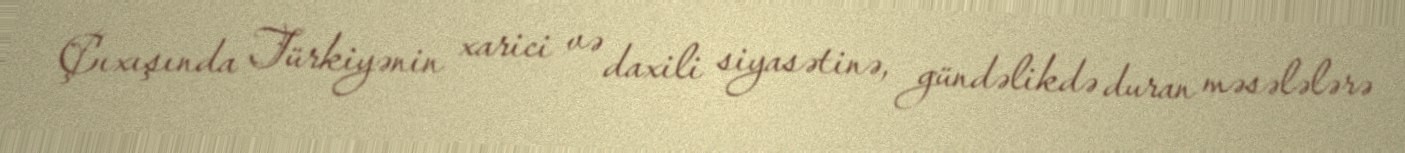
Çıxışında Türkiyənin xarici və daxili siyasətinə, gündəlikdə duran məsələlərə